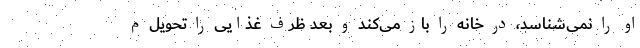
او را نمی‌شناسد، در خانه را باز می‌کند و بعد ظرف غذایی را تحویل م